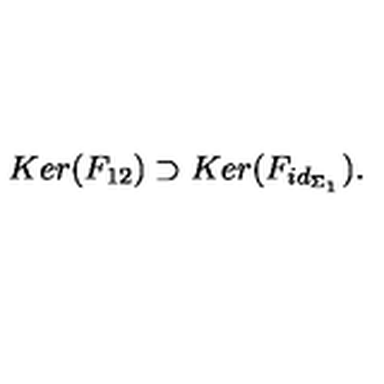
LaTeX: K e r ( F _ { 1 2 } ) \supset K e r ( F _ { i d _ { \Sigma _ { 1 } } } ) .